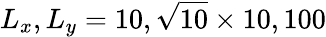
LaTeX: L_{x},L_{y}=10,\sqrt{10}\times 10,100